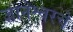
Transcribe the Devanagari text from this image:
ज्ञानेश्वरचे